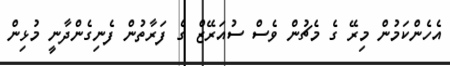
އެހެންކަމުން މިރޭ ގެ މެޗުން ވެސް ސުއަރޭޒް ގެ ފަރާތުން ފެނިގެންދާނީ މުޅިން